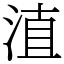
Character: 淔